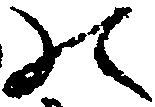
の